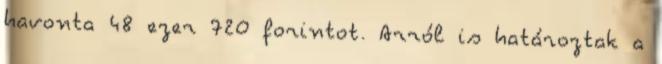
havonta 48 ezer 720 forintot. Arról is határoztak a